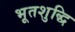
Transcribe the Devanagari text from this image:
भूतशुद्धि